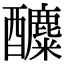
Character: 𨣿